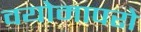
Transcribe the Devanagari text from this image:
वयोमापरो